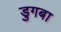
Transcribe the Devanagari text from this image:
डुगबा